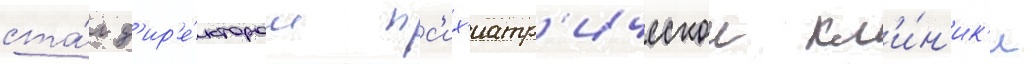
ста́л д'ир'е́ктором пс'их'иатр'ическои кл'и́н'ик'и